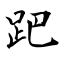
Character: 跁